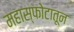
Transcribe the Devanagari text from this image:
महास्फोटातून